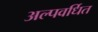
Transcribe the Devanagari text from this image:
अल्पवर्धित